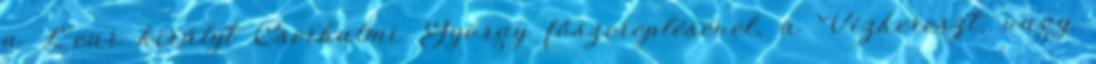
a Lear királyt Cserhalmi György főszereplésével, a Vízkereszt, vagy